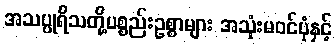
အသပ္ပုရိသတို့ပစ္စည်းဥစ္စာများ အသုံးမဝင်ပုံနှင့်